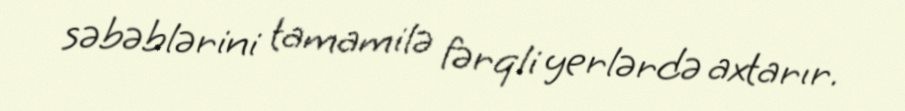
səbəblərini tamamilə fərqli yerlərdə axtarır.